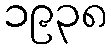
၁၉၃၈